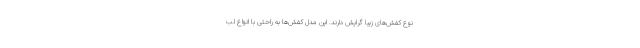
نوع کفش‌های زیبا گرایش دارند. این مدل کفش‌ها به راحتی با انواع لب